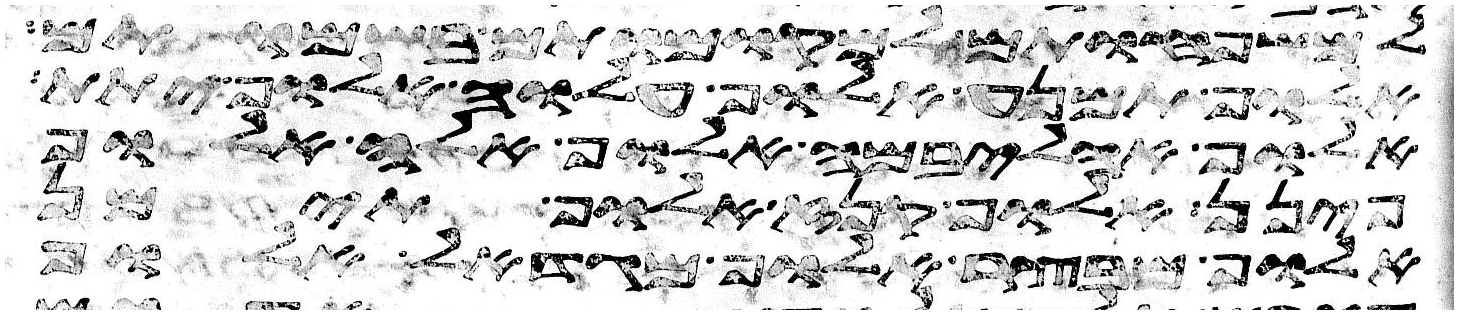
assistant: למשפחותם למקומותם בשמותם
אלוף תמנע אלוף עלוה אלוף יתת
אלוף אהליבמה אלוף אלה אלוף
פינן אלוף קנז אלוף תימן
אלוף מבצר אלוף מגדאל אלוף